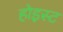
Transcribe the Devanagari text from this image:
होइस्ट